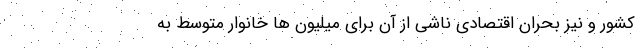
کشور و نیز بحران اقتصادی ناشی از آن برای میلیون ها خانوار متوسط به